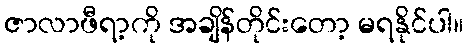
ဇာလာဖီရာ့ကို အချိန်တိုင်းတော့ မရနိုင်ပါ။